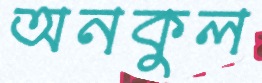
অনকুল